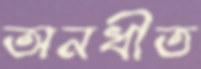
অনধীত